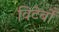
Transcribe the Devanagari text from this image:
विटेर्बो